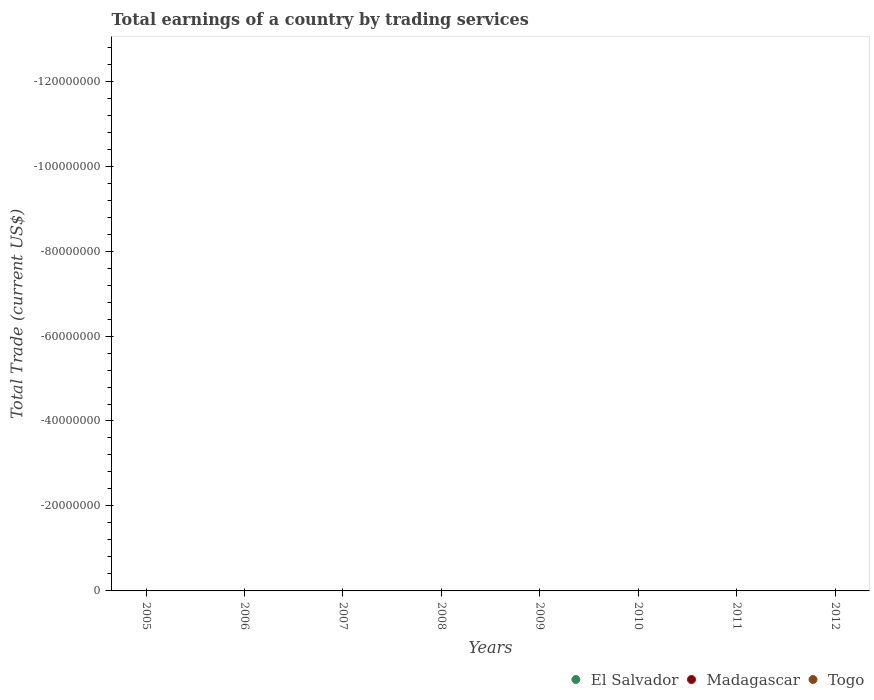
| Years | El Salvador | Madagascar | Togo |
 | --- | --- | --- | --- |
 | 2005 | -3.17e+09 | -7.79e+08 | -3.57e+08 |
 | 2006 | -3.8e+09 | -6.84e+08 | -3.82e+08 |
 | 2007 | -4.51e+09 | -1.18e+09 | -4.65e+08 |
 | 2008 | -4.89e+09 | -2.18e+09 | -5.31e+08 |
 | 2009 | -3.2e+09 | -2e+09 | -4.93e+08 |
 | 2010 | -3.62e+09 | -1.24e+09 | -5.32e+08 |
 | 2011 | -4.32e+09 | -1.13e+09 | -8.06e+08 |
 | 2012 | -4.39e+09 | -1.04e+09 | -5.42e+08 |